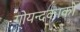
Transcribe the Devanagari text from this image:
गोयन्‍दकाको